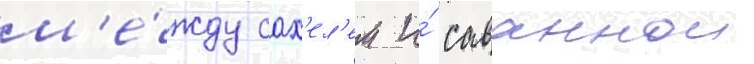
м'е́жду сах'ел'ем и́ саваннои